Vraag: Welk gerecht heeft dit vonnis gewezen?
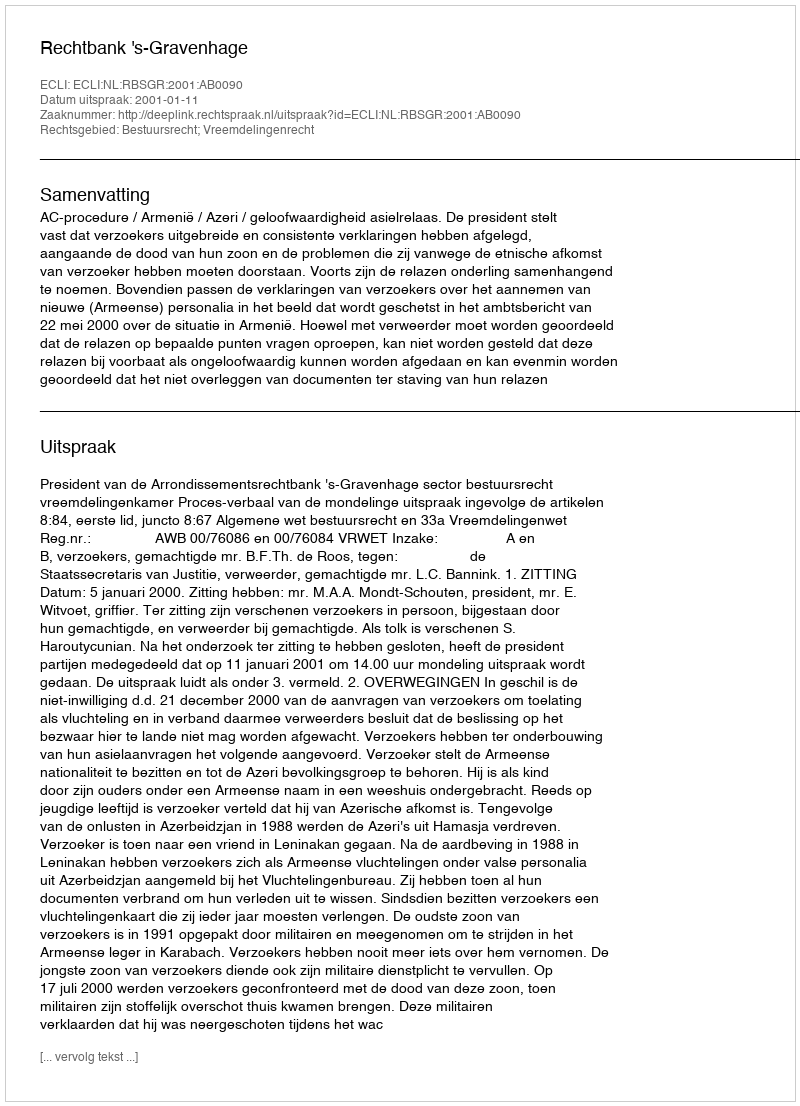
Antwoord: Rechtbank 's-Gravenhage